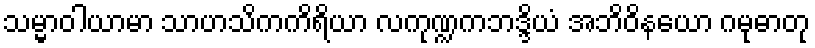
သမ္မာဝါယာမာ သာဟသိကကိရိယာ လကုဏ္ဍကဘဒ္ဒိယံ အဘိဝိနယော ဂမုဓာတု